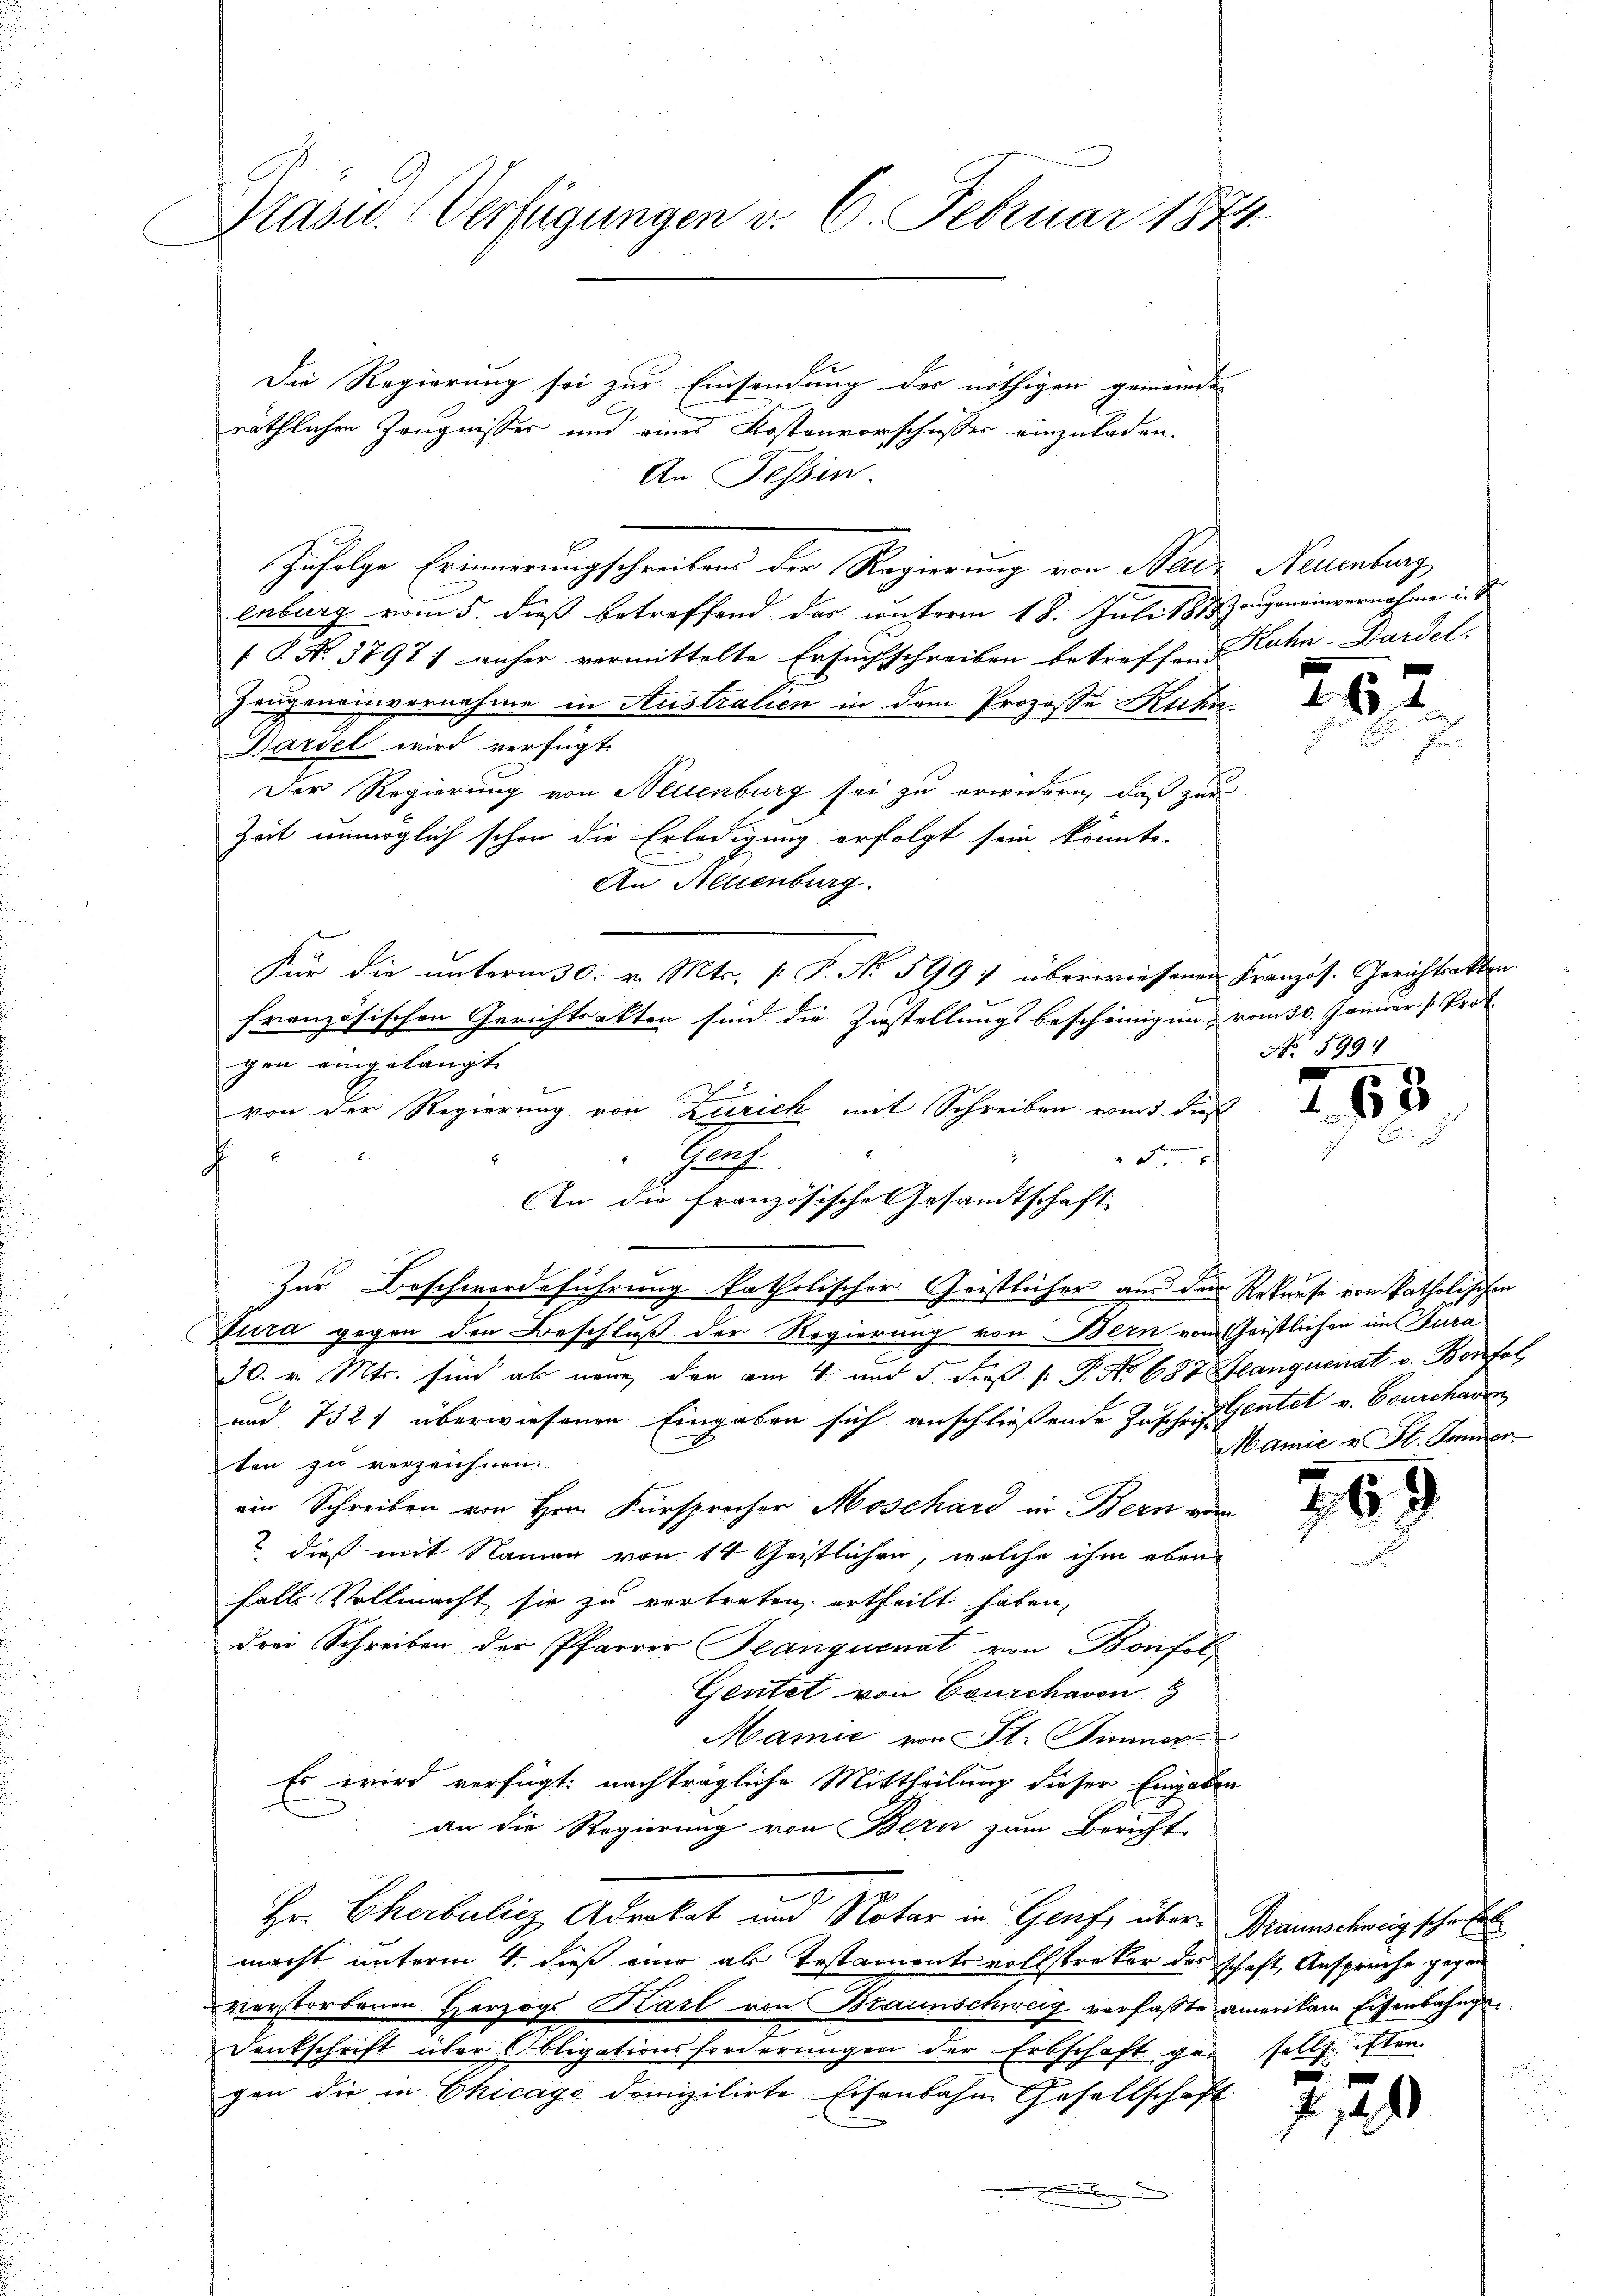
Prasw. Verfügungen v. 6. Februar 1874.

Die Regierung sei zur Einsendung des nöthigen gemeindes
räthlichen Zeugnisses und eines Kostenvorschusser einzuladen.
An Tessin.
Zufolge Erinnerungschreibens der Regierung von Neide Neuenburg
enburg vom 5. dieß betreffend das unterm 18. Juli 1877 Zeugeneinvernahme u. S.
 P. No. 3797; anher vermittelte Ersuchschreiben betreffene Kuhn-Dardel.
Zeugeneinvernahme in Stustralien in dem Prozesse Kuhn
Dardel wird verfügt:
Der Regierung von Neuenburg sei zu erwidern, daß zur
Zeit unmöglich schon die Erledigung erfolgt sein könnte.
An Allenburg.
Für die unterm 30. v. Mts. f. P. No 599 7 überwiesenen Französ. Gerichtsakten
französischen Gerichtsakten sind die Zustellungsbescheinigung vom 30. Januar Prof.
gen eingelangt.
von der Regierung von Zürich mit Schreiben wird. Dies
Nach
5
f
Zur Beschwerdeführung katholischer Geistlicher aus den
Tura gegen den Beschluß der Regierung von Bern von
30. v. Mts. sind als neue den am 4. und F. Fieß P. Nr. 687 Flanguenat v. Bonfol
und 732 1 überwiesenen Eingaben sich anschließende Inscheit Gentel v. Courcharen
ten zu verzeichnen.
ein Schreiben von Hrn. Fürsprecher Moschard in Bern von
 dieß mit Namen von 14 Geistlichen, welche ihm eben
falls Vollmacht sie zu vertreten, ertheilt haben,
drei Schreiben der Pfarrer Planquenat von Bonfol
Geutet von Courchavon 8
Mamie von St. Sinner
Es wird verfügt: nachträgliche Mittheilung dieser Eingaben
an die Regierung von Bern zum Bericht
Hr. Cherbulicz Advokat und Notar in Genf, über Braunschweig schofe
macht unterm 4. dieß eine als Testamentsvollstreker derschaft Ansprüche gegen
verstorbenen Herzogs Karl von Braunschweig verfaßte amerikam Eisenbahnge¬
Denkschrift über Obligationsforderungen der Erbschaft gar solls isten
gen die in Chicago domizilirte Eisenbahn Gesellschaft
.

An die Französische Gesandtschaft

2

25

No. 599.

263

Rekurse von Patholischen
Gristlichen im Jura
Mamie u St. Immer

769

.

120